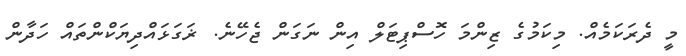
މީ ދެރަކަމެއް. މިކަމުގެ ޒިންމަ ހޮސްޕިޓަލް އިން ނަގަން ޖެހޭނެ. ޜަގަޅައްދިޔަކްންތައް ހަދާން